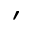
^ { ' }